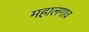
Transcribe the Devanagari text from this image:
महालगाव